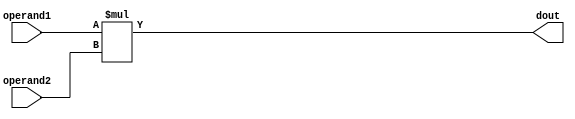
module alu_mul(
  input wire signed [15:0] operand1,
  input wire signed [15:0] operand2,
  output wire signed [15:0] dout);
  //output wire ovf);

  wire [15:0] result;
  wire ovf_1;
  wire ovf_2;
  assign result = operand1 * operand2;
  assign dout = result[15:0];
  
  //can't overflow by multiplying 0
  // assign ovf = ((dout[15]^(operand1[15]^operand2[15])) && (operand1 != 0) && (operand2 != 0) || //check that we got the right sign
               // ((result[31:16] != 0) && (result[31:15] != 17'h1FFFF))) ? 1'b1 : 1'b0; //check to see if result is big
  //http://infocenter.arm.com/help/index.jsp?topic=/com.arm.doc.dui0204j/Cihihggj.html
  // If S is specified, the MUL and MLA instructions:
      //- update the N and Z flags according to the result
      //- do not affect the C or V flag in ARMv5T and above
endmodule